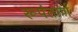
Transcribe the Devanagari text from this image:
रूपंतार्ण